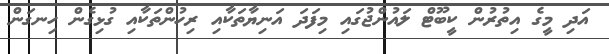
އަދި މީގެ އިތުރުން ކީބޫޓް ލައުންޖުގައި މިފަދަ އަނިޔާތަކާއި ރިހުންތަކާއި ގުޅިގެން ހިނގަން